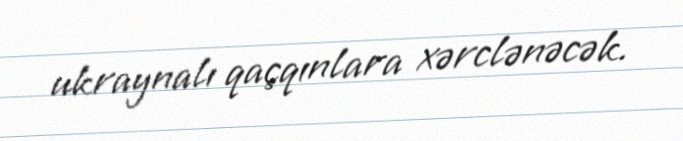
ukraynalı qaçqınlara xərclənəcək.